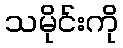
သမိုင်းကို